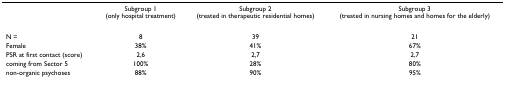
<table><thead><tr><td></td><td><b>Subgroup 1 (only hospital treatment)</b></td><td><b>Subgroup 2 (treated in therapeutic residential homes)</b></td><td><b>Subgroup 3 (treated in nursing homes and homes for the elderly)</b></td></tr></thead><tbody><tr><td>N =</td><td>8</td><td>39</td><td>21</td></tr><tr><td>Female</td><td>38%</td><td>41%</td><td>67%</td></tr><tr><td>PSR at first contact (score)</td><td>2,6</td><td>2,7</td><td>2,7</td></tr><tr><td>coming from Sector 5</td><td>100%</td><td>28%</td><td>80%</td></tr><tr><td>non-organic psychoses</td><td>88%</td><td>90%</td><td>95%</td></tr></tbody></table>